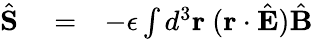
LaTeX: \begin{array}{rlr}{\hat{\mathbf S}}&{{}=}&{-\epsilon\int d^{3}{\mathbf r}\ ({\mathbf r}\cdot\hat{\mathbf E})\hat{\mathbf B}}\end{array}